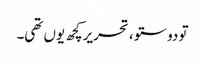
تو دوستو ، تحریرکچھ یوں تھی۔